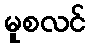
မူစလင်